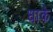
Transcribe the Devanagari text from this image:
धाके